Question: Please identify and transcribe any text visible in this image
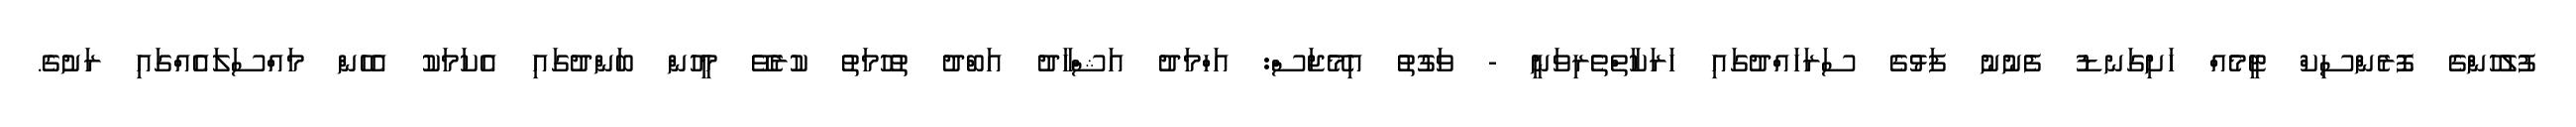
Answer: ފުލުހުންގެ ފޮރެންސިކް ޓީމެއް ހަށިގަނޑު ފެނުނު ފަޅުގެ ސަރަހައްދުގައި ހަރަކާތްތެރިވަނީ - ވަގުތު އިމޭޖަސް: އަހްމަދު އަޝްހާދު އަބްދު ތުހުމަތު ކުރެވޭ މީހުން ބަންދުގައި އެކަމަކު އެހެން މައްސަލައެއްގައި ރަށުގެ.